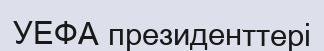
УЕФА президенттері